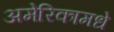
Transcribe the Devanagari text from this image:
अमेरिकामधे